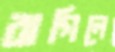
রাগিলে